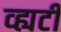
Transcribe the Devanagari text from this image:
व्ह्यटी